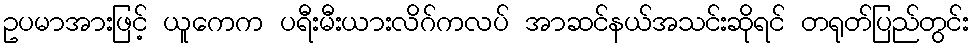
ဥပမာအားဖြင့် ယူကေက ပရီးမီးယားလိဂ်ကလပ် အာဆင်နယ်အသင်းဆိုရင် တရုတ်ပြည်တွင်း